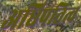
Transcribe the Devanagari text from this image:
अधिपतित्व